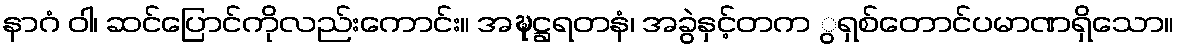
နာဂံ ဝါ၊ ဆင်ပြောင်ကိုလည်းကောင်း။ အဍ္ဎဋ္ဌရတနံ၊ အခွဲနှင့်တက ွရှစ်တောင်ပမာဏရှိသော။